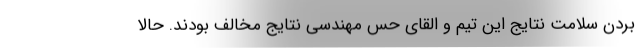
بردن سلامت نتایج این تیم و القای حس مهندسی نتایج مخالف بودند. حالا